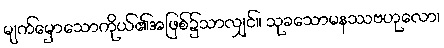
မျက်မှောသောကိုယ်၏အဖြစ်၌သာလျှင်။ သုခသောမနဿဗဟုလော၊